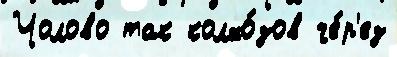
Чолово так колхо́зов че́р'ез